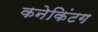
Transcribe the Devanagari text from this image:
कनेकिंटग